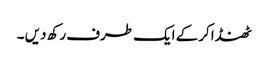
ٹھنڈا کرکے ایک طرف رکھ دیں ۔